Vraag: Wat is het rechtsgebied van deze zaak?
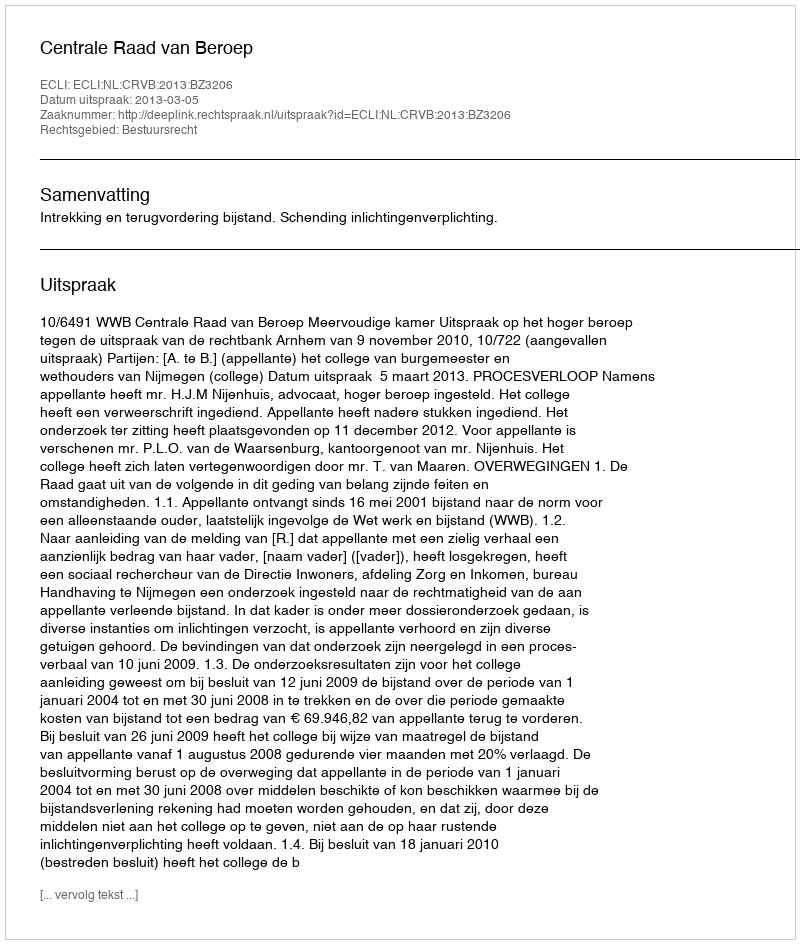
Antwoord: Bestuursrecht